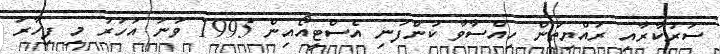
ސަރުކާރާއި ރައްޔިތުން ހިއްސާވާ ކުންފުނި އެސްޓީއޯއިން 1995 ވަނަ އަހަރު މި ފިހާރަ